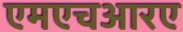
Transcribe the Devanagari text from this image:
एमएचआरए